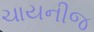
ચાયનીજ